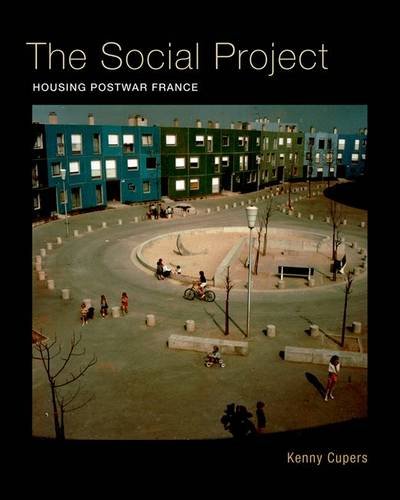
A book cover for The Social Project: Housing Postwar France; Kenny Cupers; Arts & Photography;